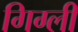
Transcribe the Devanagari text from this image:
गिग्ली